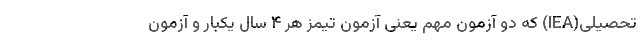
تحصیلی(IEA) که دو آزمون مهم یعنی آزمون تیمز هر ۴ سال یکبار و آزمون